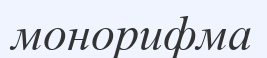
монорифма